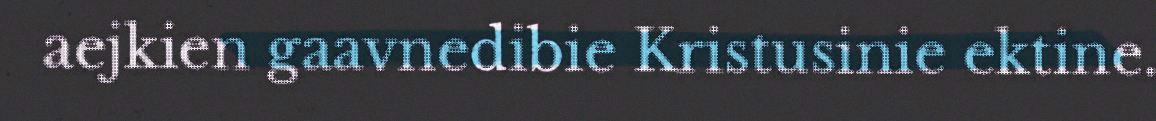
aejkien gaavnedibie Kristusinie ektine.